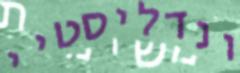
ונדליסטיי